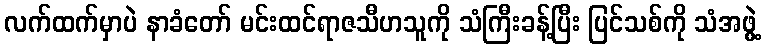
လက်ထက်မှာပဲ နာခံတော် မင်းထင်ရာဇသီဟသူကို သံကြီးခန့်ပြီး ပြင်သစ်ကို သံအဖွဲ့